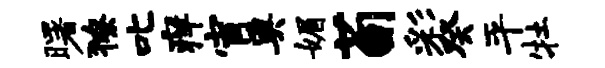
曙獠叱痒宵奥媚荀彩癸平牡